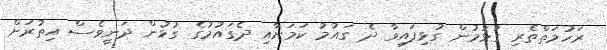
ރަހުމަތްތެރި ގުޅުމުން ގުޅިފައިވާ ދެ ގައުމު ކަމަށާއި ދެގައުމުގެ ގުޅުން ދަނީވެސް އިތުރަށް